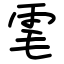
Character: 雮